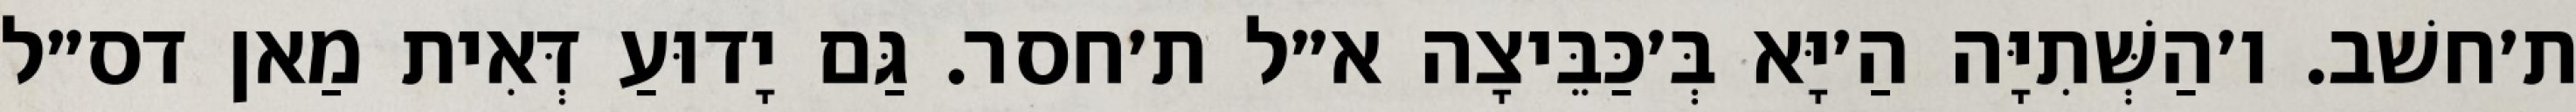
ת׳חשׁב. ו׳הַשְּׁתִיָּה הַ׳יָּא בְּ׳כַּבֵּיצָה א״ל ת׳חסר. גַּם יָדוּעַ דְּאִית מַאן דס״ל